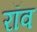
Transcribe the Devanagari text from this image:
रॉव